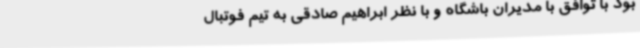
بود با توافق با مدیران باشگاه و با نظر ابراهیم صادقی به تیم فوتبال